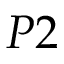
P 2